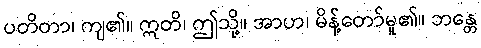
ပတိတာ၊ ကျ၏။ ဣတိ၊ ဤသို့။ အာဟ၊ မိန့်တော်မူ၏။ ဘန္တေ